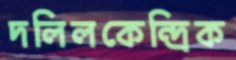
দলিলকেন্দ্রিক